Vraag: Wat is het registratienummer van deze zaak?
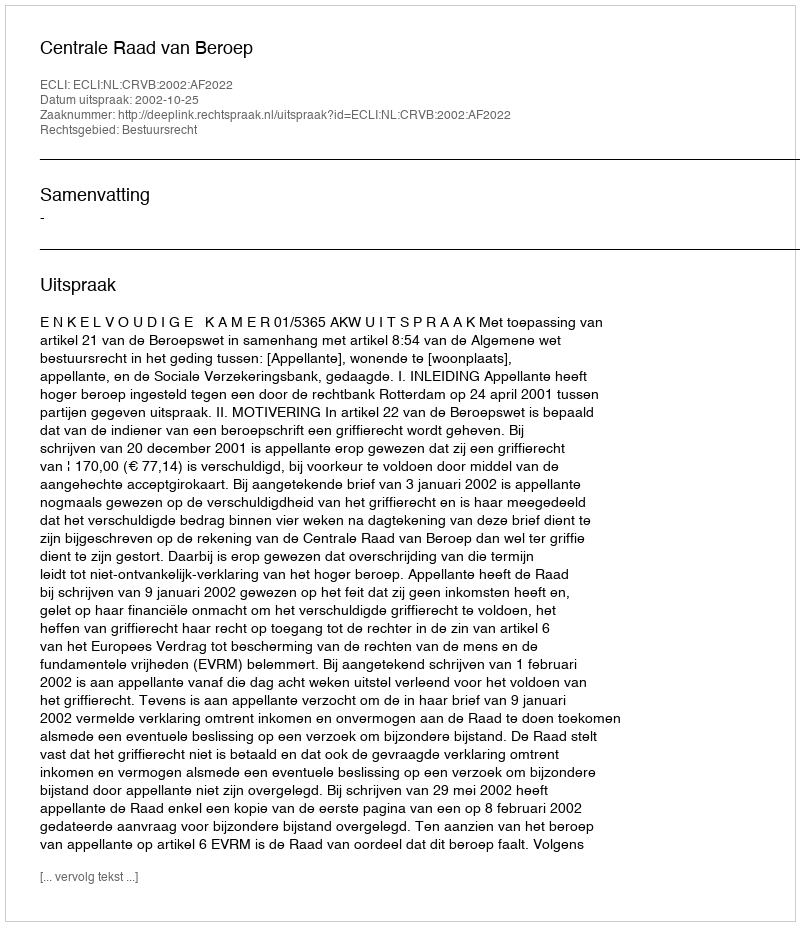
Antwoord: http://deeplink.rechtspraak.nl/uitspraak?id=ECLI:NL:CRVB:2002:AF2022